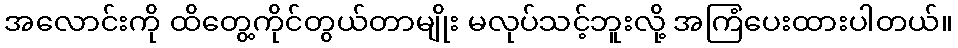
အလောင်းကို ထိတွေ့ကိုင်တွယ်တာမျိုး မလုပ်သင့်ဘူးလို့ အကြံပေးထားပါတယ်။